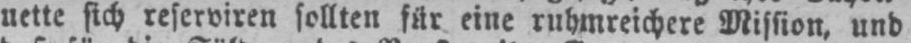
nette sich reserviren sollten für eine ruhmreichere Mission, und